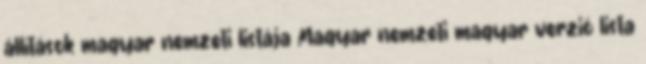
állítások magyar nemzeti listája Magyar nemzeti magyar verzió lista